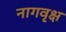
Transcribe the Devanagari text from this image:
नागवृक्ष